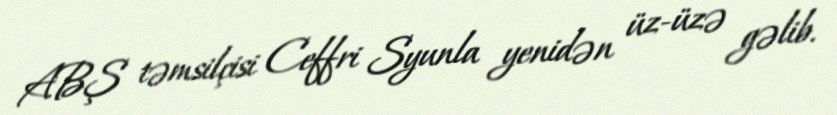
ABŞ təmsilçisi Ceffri Syunla yenidən üz-üzə gəlib.